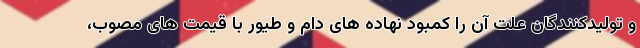
و تولیدکنندگان علت آن را کمبود نهاده های دام و طیور با قیمت های مصوب،